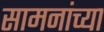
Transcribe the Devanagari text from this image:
सामनांच्या